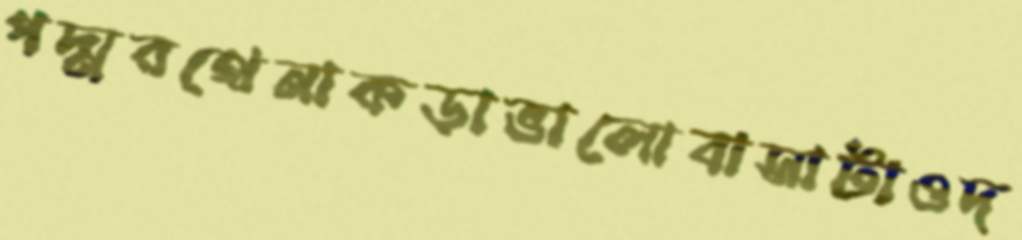
পদ্মরথেনাকড়াভালোবাসাটাওদ